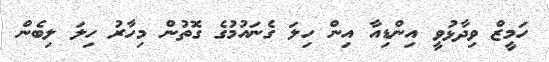
ހަމީޒް ވިދާޅުވީ އިންޑިއާ އިން ހިލަ ގެނައުމުގެ ގޮތުން މިހާރު ހިލަ ލިބެން